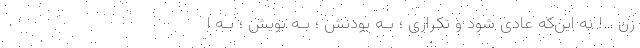
زن …! نه این‌که عادی شود و تکراری ؛ بـه بودنش ؛ بـه بویش ؛ بـه اَ